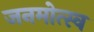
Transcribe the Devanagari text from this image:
जनमोत्स्व